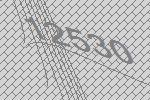
12530